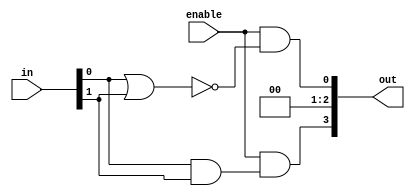
// A decoder is a device which does the reverse operation of an encoder,
// converting an n-bit encoded signal into a 2^n-bit one-hot encoded
// signal.  One-hot encoding is where only a single bit in a bus is set
// to 1.

// Specifically, bit m of the output should be set to 1 if the input
// bits encode the binary representation of the number m.

// if the enable input is 0, then all outputs should be zero.

module decoder4e(out, in, enable);
    output [3:0] out;
    input  [1:0] in;
    input        enable;
	wire 		 out0Wire, out1Wire, out2Wire, out3Wire, w1, w2, wi, wii;

	nor o1(out0Wire, in[0], in[1]);
	and a3(out3Wire, in[0], in[1]);

	xor x1(w1, in[0], in[1]);
	xor x2(w2, in[0], in[1]);

	assign out1Wire = !w1 & 0010;
	assign out2Wire = !w2 & 0100;


	and test0(out[0], enable, out0Wire);
	and test1(out[1], enable, out1Wire);
	and test2(out[2], enable, out2Wire);
	and test3(out[3], enable, out3Wire);
   
endmodule // decoder4e